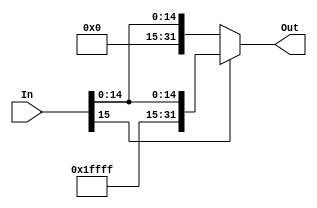
module Sign_Extension(input [15:0] In,output reg [31:0] Out);	 
always@(In) 
begin
if (In[15]==1)
begin
Out = {16'hffff , In};
end
else 
begin
Out = {16'h0000, In};
end
end
endmodule